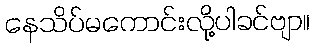
နေသိပ်မကောင်းလို့ပါခင်ဗျာ။